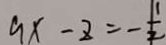
9 x - z = - \frac { 1 } { 2 }